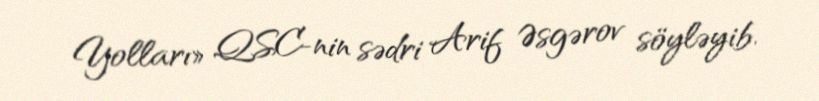
Yolları» QSC-nin sədri Arif Əsgərov söyləyib.